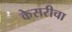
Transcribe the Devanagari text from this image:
केसरीचा